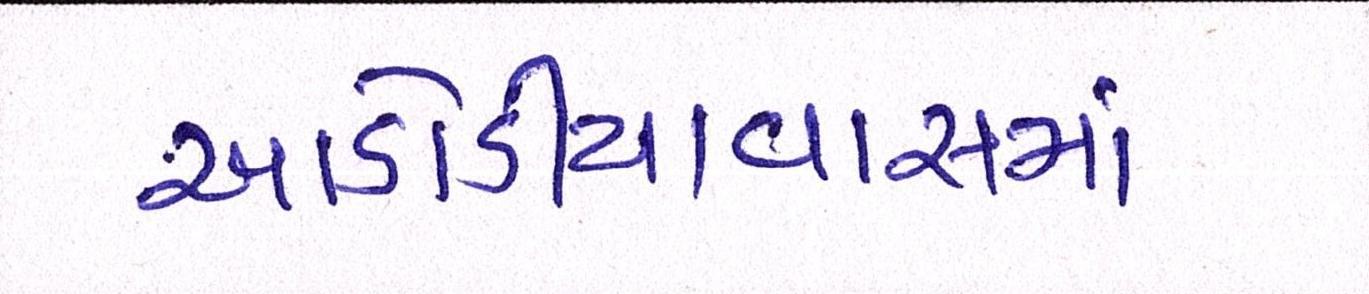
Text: આડોડીયાવાસમાં